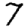
Digit: 7